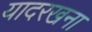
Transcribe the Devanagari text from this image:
यादरखना